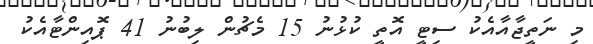
މި ނަތީޖާއާއެކު ސިޓީ އޮތީ ކުޅުނު 15 މެޗުން ލިބުނު 41 ޕޮއިންޓާއެކު